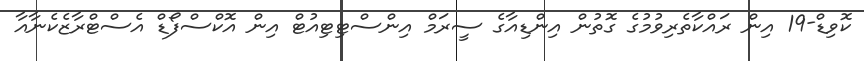
ކޮވިިޑް-19 އިން ރައްކާތެރިވުމުގެ ގޮތުން އިންޑިއާގެ ސީރަމް އިންސްޓިޓިއުޓް އިން އޮކްސްފޯޑް އެސްޓްރާޒެކެނާއާ